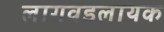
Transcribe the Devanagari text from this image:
लागवडलायक